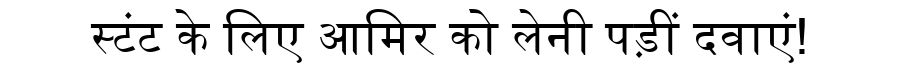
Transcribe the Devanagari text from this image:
स्टंट के लिए आमिर को लेनी पड़ीं दवाएं!